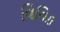
વિવિક